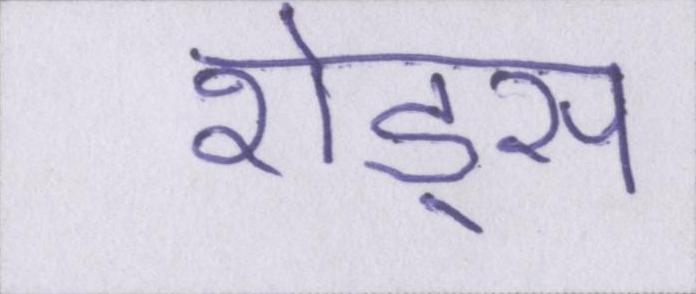
शेड्स